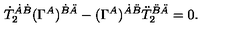
\dot { T } _ { 2 } ^ { \dot { A } \dot { B } } ( \Gamma ^ { A } ) ^ { \dot { B } \ddot { A } } - ( \Gamma ^ { A } ) ^ { \dot { A } \ddot { B } } \ddot { T } _ { 2 } ^ { \ddot { B } \ddot { A } } = 0 .